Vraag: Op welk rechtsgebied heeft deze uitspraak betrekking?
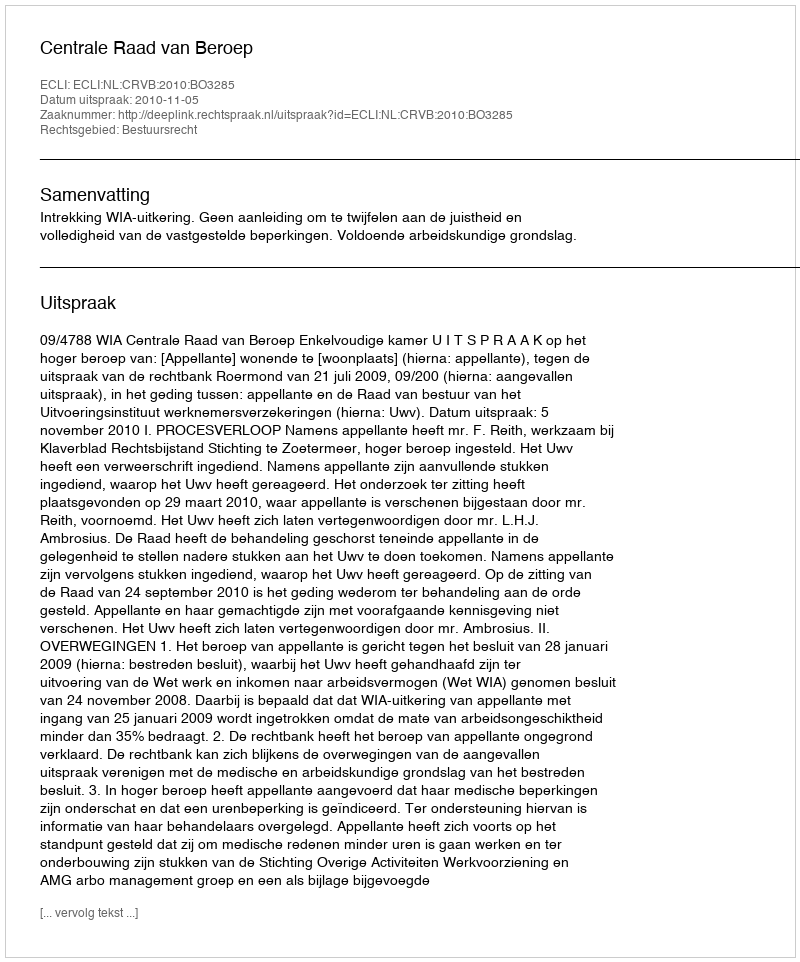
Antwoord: Bestuursrecht